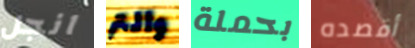
انجل والتر بحملة أقصده